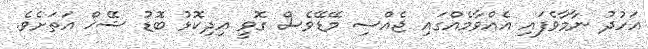
އަހުދު ނާމާވެފައި އެއްވާމެއްގައި ޖެއްސި މޭޑޭވެސް ގޮވީ އިދިކޮޅު ބޮޑު ޝޭޚް އަތަށެވެ.